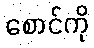
စောင်ကို